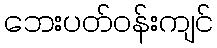
ဘေးပတ်ဝန်းကျင်